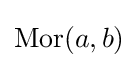
\operatorname {Mor} (a,b)